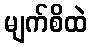
မျက်စိထဲ